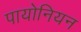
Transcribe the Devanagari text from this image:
पायोनियन